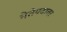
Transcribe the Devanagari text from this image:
नेतेपदावर